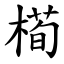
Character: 槆